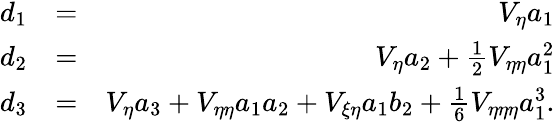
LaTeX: \begin{array}{rlr}{d_{1}}&{=}&{V_{\eta}a_{1}}\\ {d_{2}}&{=}&{V_{\eta}a_{2}+\frac{1}{2}V_{\eta\eta}a_{1}^{2}}\\ {d_{3}}&{=}&{V_{\eta}a_{3}+V_{\eta\eta}a_{1}a_{2}+V_{\xi\eta}a_{1}b_{2}+\frac{1}{6}V_{\eta\eta\eta}a_{1}^{3}.}\end{array}